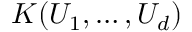
K ( U _ { 1 } , \dots , U _ { d } )